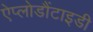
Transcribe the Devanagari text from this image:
ऐप्लोडौंटाइडी